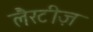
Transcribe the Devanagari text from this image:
लैरटीज़